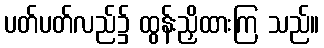
ပတ်ပတ်လည်၌ ထွန်းညှိထားကြ သည်။